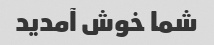
شما خوش آمدید